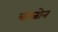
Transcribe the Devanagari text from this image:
त्राब्जोन